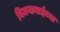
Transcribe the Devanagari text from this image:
विजयाबाईंच्या